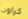
كراون